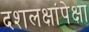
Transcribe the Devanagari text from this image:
दशलक्षांपेक्षा